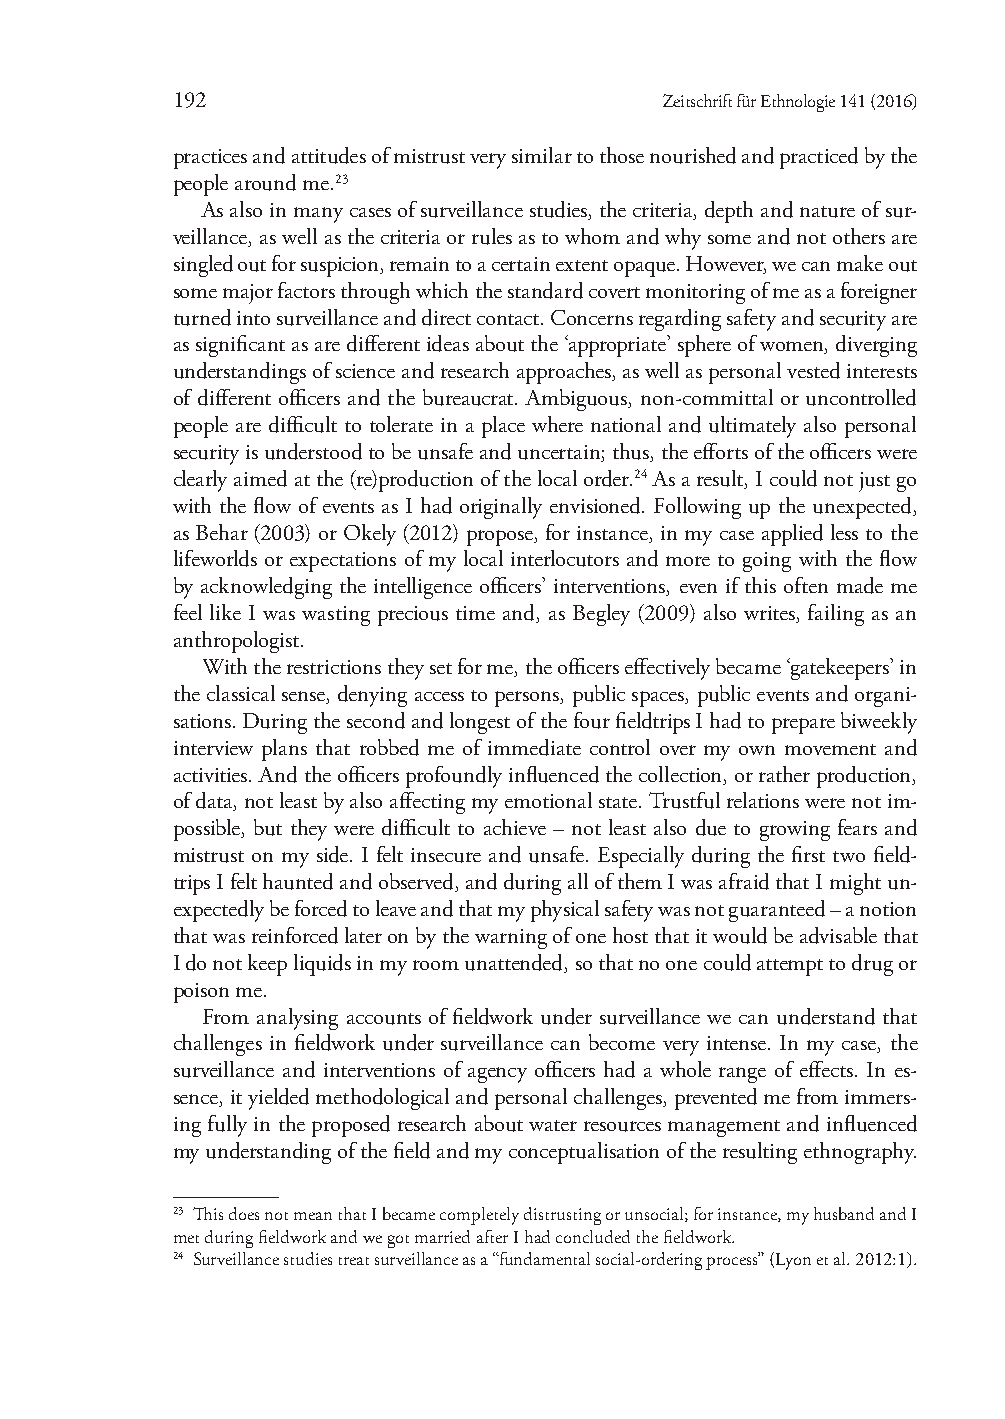
192                              Zeitschrift für Ethnologie 141 (2016)
 practices and attitudes of mistrust very similar to those nourished and practiced by the
 people around me.23
 As also in many cases of surveillance studies, the criteria, depth and nature of sur-
 veillance, as well as the criteria or rules as to whom and why some and not others are
 singled out for suspicion, remain to a certain extent opaque. However, we can make out
 some major factors through which the standard covert monitoring of me as a foreigner
 turned into surveillance and direct contact. Concerns regarding safety and security are
 as significant as are different ideas about the ‘appropriate’ sphere of women, diverging
 understandings of science and research approaches, as well as personal vested interests
 of different officers and the bureaucrat. Ambiguous, non-committal or uncontrolled
 people are difficult to tolerate in a place where national and ultimately also personal
 security is understood to be unsafe and uncertain; thus, the efforts of the officers were
 clearly aimed at the (re)production of the local order.24 As a result, I could not just go
 with the flow of events as I had originally envisioned. Following up the unexpected,
 as Behar (2003) or Okely (2012) propose, for instance, in my case applied less to the
 lifeworlds or expectations of my local interlocutors and more to going with the flow
 by acknowledging the intelligence officers’ interventions, even if this often made me
 feel like I was wasting precious time and, as Begley (2009) also writes, failing as an
 anthropologist.
 With the restrictions they set for me, the officers effectively became ‘gatekeepers’ in
 the classical sense, denying access to persons, public spaces, public events and organi-
 sations. During the second and longest of the four fieldtrips I had to prepare biweekly
 interview plans that robbed me of immediate control over my own movement and
 activities. And the officers profoundly influenced the collection, or rather production,
 of data, not least by also affecting my emotional state. Trustful relations were not im-
 possible, but they were difficult to achieve – not least also due to growing fears and
 mistrust on my side. I felt insecure and unsafe. Especially during the first two field-
 trips I felt haunted and observed, and during all of them I was afraid that I might un-
 expectedly be forced to leave and that my physical safety was not guaranteed – a notion
 that was reinforced later on by the warning of one host that it would be advisable that
 I do not keep liquids in my room unattended, so that no one could attempt to drug or
 poison me.
 From analysing accounts of fieldwork under surveillance we can understand that
 challenges in fieldwork under surveillance can become very intense. In my case, the
 surveillance and interventions of agency officers had a whole range of effects. In es-
 sence, it yielded methodological and personal challenges, prevented me from immers-
 ing fully in the proposed research about water resources management and influenced
 my understanding of the field and my conceptualisation of the resulting ethnography.
 23 This does not mean that I became completely distrusting or unsocial; for instance, my husband and I
 met during fieldwork and we got married after I had concluded the fieldwork.
 24 Surveillance studies treat surveillance as a “fundamental social-ordering process” (Lyon et al. 2012:1).